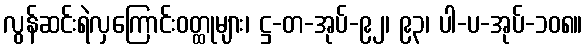
လွန်ဆင်းရဲလှကြောင်းဝတ္ထုများ၊ ဋ္ဌ-တ-အုပ်-၉၂၊ ၉၃၊ ပါ-ပ-အုပ်-၁၀၈။